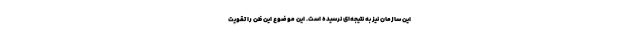
این سازمان نیز به نتیجه‌ای نرسیده است. این موضوع این ظن را تقویت